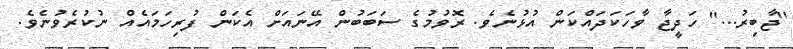
''ޖާބިރު...'' ހަދީޖާ ވާހަކަދައްކަން އުޅުނެވެ. ރޮވުމުގެ ސަބަބުން އޭނައަށް އެކަން ފުރިހަމައެއް ނުކުރެވުނެވެ.